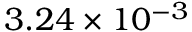
3 . 2 4 \times 1 0 ^ { - 3 }